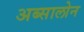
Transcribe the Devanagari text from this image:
अब्सालोन